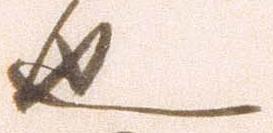
也